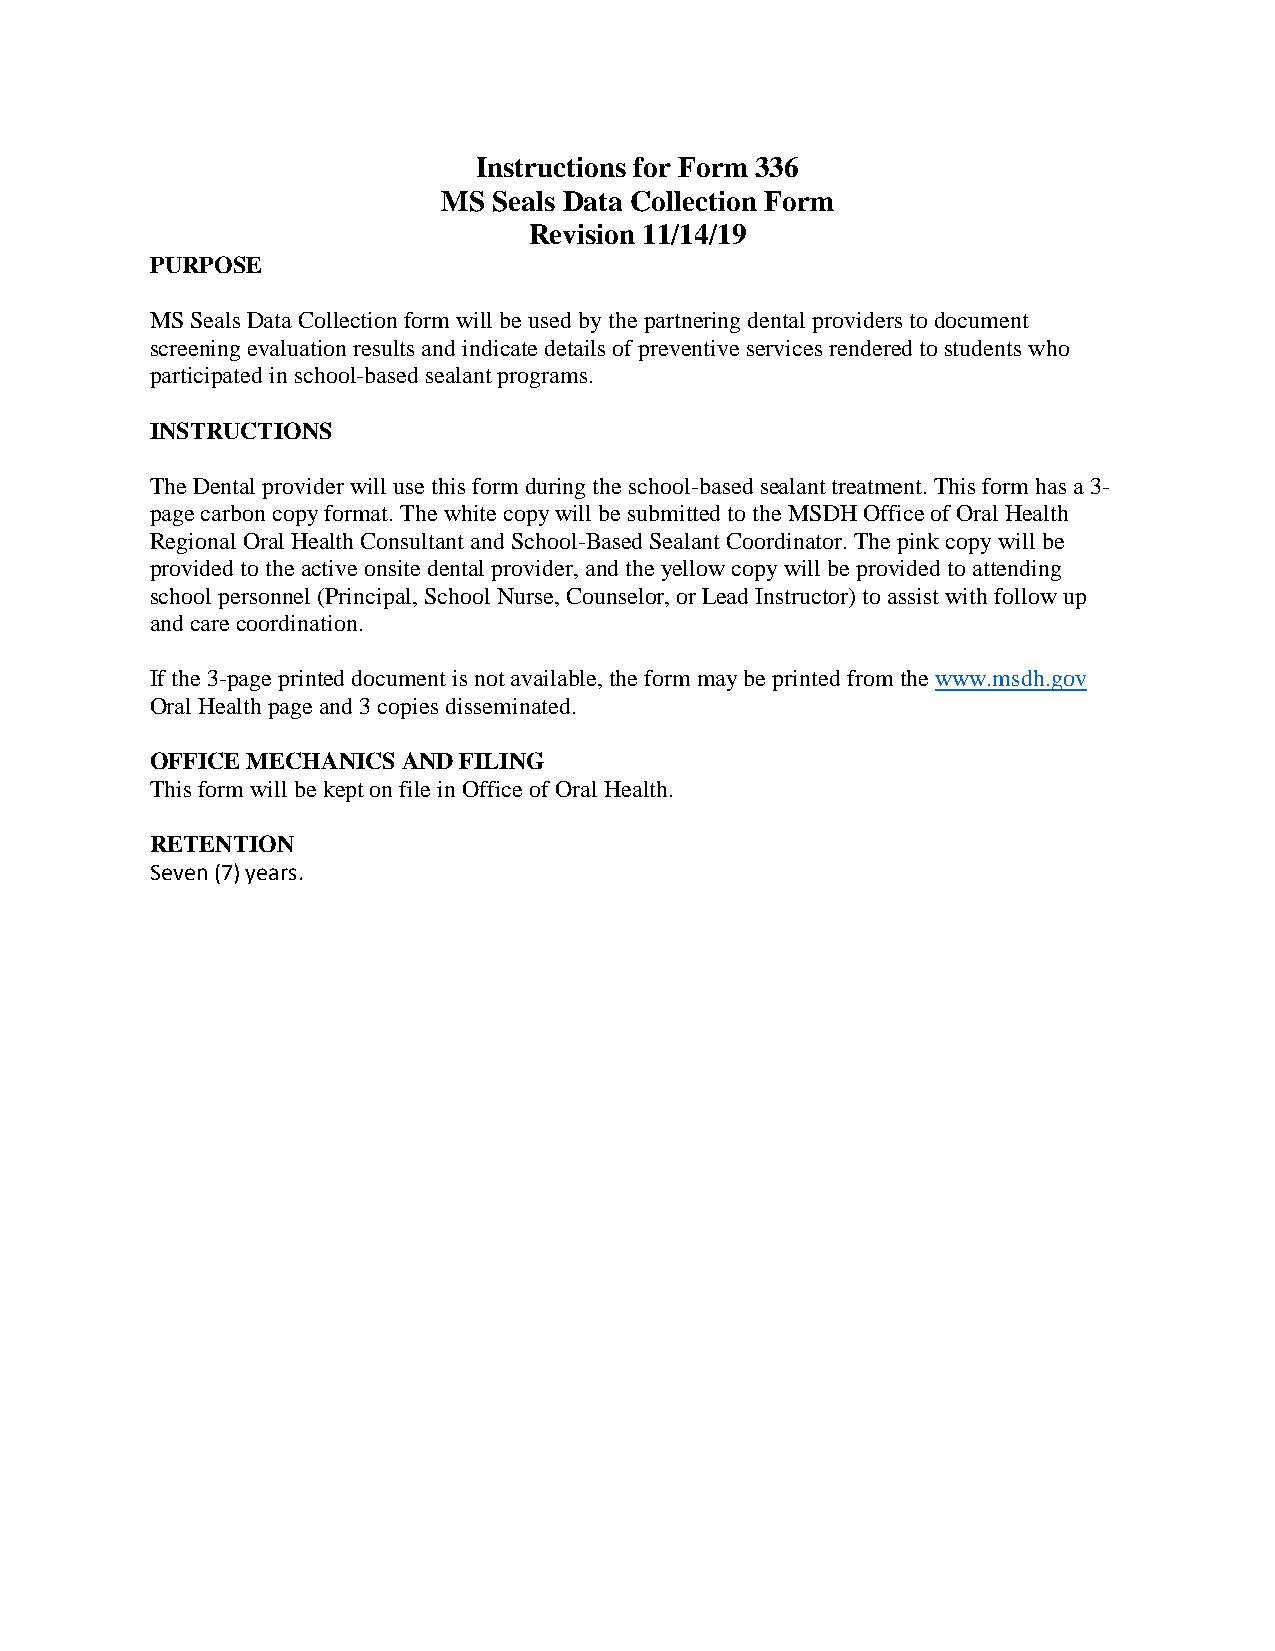
Instructions for Form 336
 MS  Seals Data Collection Form
 Revision 11/14/19
 PURPOSE
 MS Seals Data Collection form will be used by the partnering dental providers to document
 screening evaluation results and indicate details of preventive services rendered to students who
 participated in school-based sealant programs.
 INSTRUCTIONS
 The Dental provider will use this form during the school-based sealant treatment. This form has a 3-
 page carbon copy format. The white copy will be submitted to the MSDH Office of Oral Health
 Regional Oral Health Consultant and School-Based Sealant Coordinator. The pink copy will be
 provided to the active onsite dental provider, and the yellow copy will be provided to attending
 school personnel (Principal, School Nurse, Counselor, or Lead Instructor) to assist with follow up
 and care coordination.
 If the 3-page printed document is not available, the form may be printed from the www.msdh.gov
 Oral Health page and 3 copies disseminated.
 OFFICE MECHANICS AND FILING
 This form will be kept on file in Office of Oral Health.
 RETENTION
 Seven (7) years.